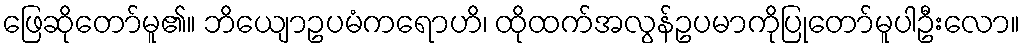
ဖြေဆိုတော်မူ၏။ ဘိယျောဥပမံကရောဟိ၊ ထိုထက်အလွန်ဥပမာကိုပြုတော်မူပါဦးလော။